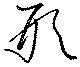
形